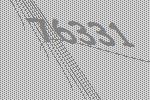
76331